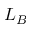
L _ { B }